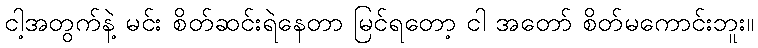
ငါ့အတွက်နဲ့ မင်း စိတ်ဆင်းရဲနေတာ မြင်ရတော့ ငါ အတော် စိတ်မကောင်းဘူး။